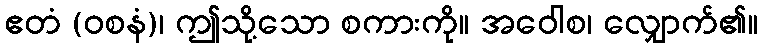
ဧတံ (ဝစနံ)၊ ဤသို့သော စကားကို။ အဝေါစ၊ လျှောက်၏။